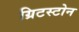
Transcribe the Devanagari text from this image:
ग्रिटस्टोन